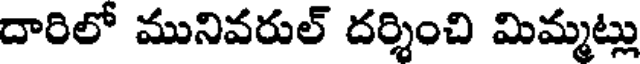
దారిలో మునివరుల్ దర్శించి మిమ్మట్లు